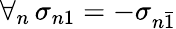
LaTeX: \forall_{n}\, \sigma_{n1}=-\sigma_{n\bar{1}}